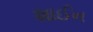
શાઈન